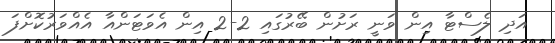
އަދި ލެސްޓާ އިން ވަނީ ރަށުން ބޭރުގައި 2-2 އިން އެވަޓަންއާ އެއްވަރުކޮށްފަ